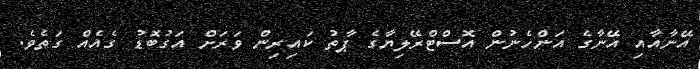
އޭނާއާއި އޭނާގެ އަންހެނުން އޮސްޓްރޭލިޔާގެ ޕާތު ކައިރިން ވަރަށް އަގުބޮޑު ގެއެއް ގަތެވެ.